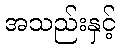
အသည်းနှင့်